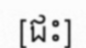
[ជះ]